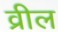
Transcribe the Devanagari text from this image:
व्रील